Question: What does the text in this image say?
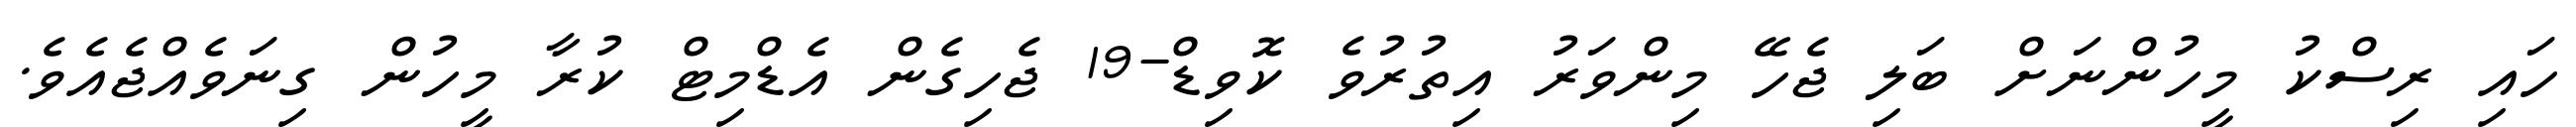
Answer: ހައި ރިސްކު މީހުންނަށް ބަލި ޖެހޭ މިންވަރު އިތުރުވެ ކޮވިޑް-19 ޖެހިގެން އެޑްމިޓް ކުރާ މީހުން ގިނަވެއްޖެއެވެ.